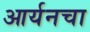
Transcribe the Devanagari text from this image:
आर्यनचा